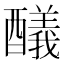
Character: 𨣞